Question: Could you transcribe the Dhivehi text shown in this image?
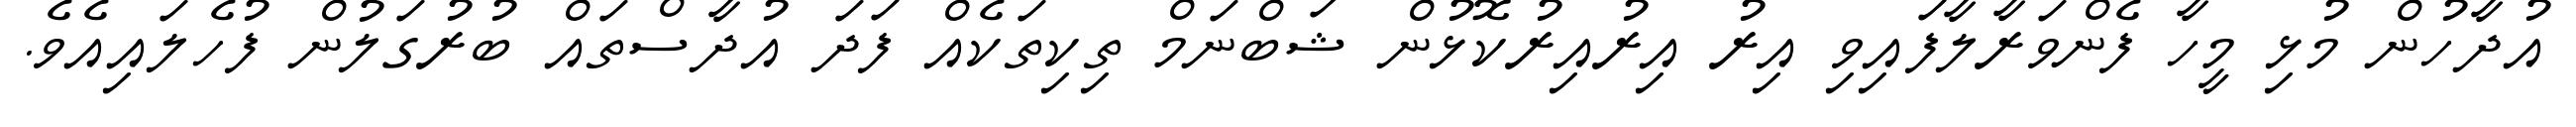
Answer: އުދާހުން މުޅި މީހާ ފެންވަރާލާފައިވި އިރު އިރުއިރުކޮޅުން ޝަބްނަމް ތިކިތަކެއް ފަދަ އުދާސްތައް ބުރުގަލުން ފުހެލައިއެވެ.